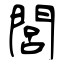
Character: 閭